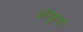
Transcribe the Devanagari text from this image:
कीकुंड